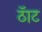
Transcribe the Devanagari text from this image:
ठॅाट